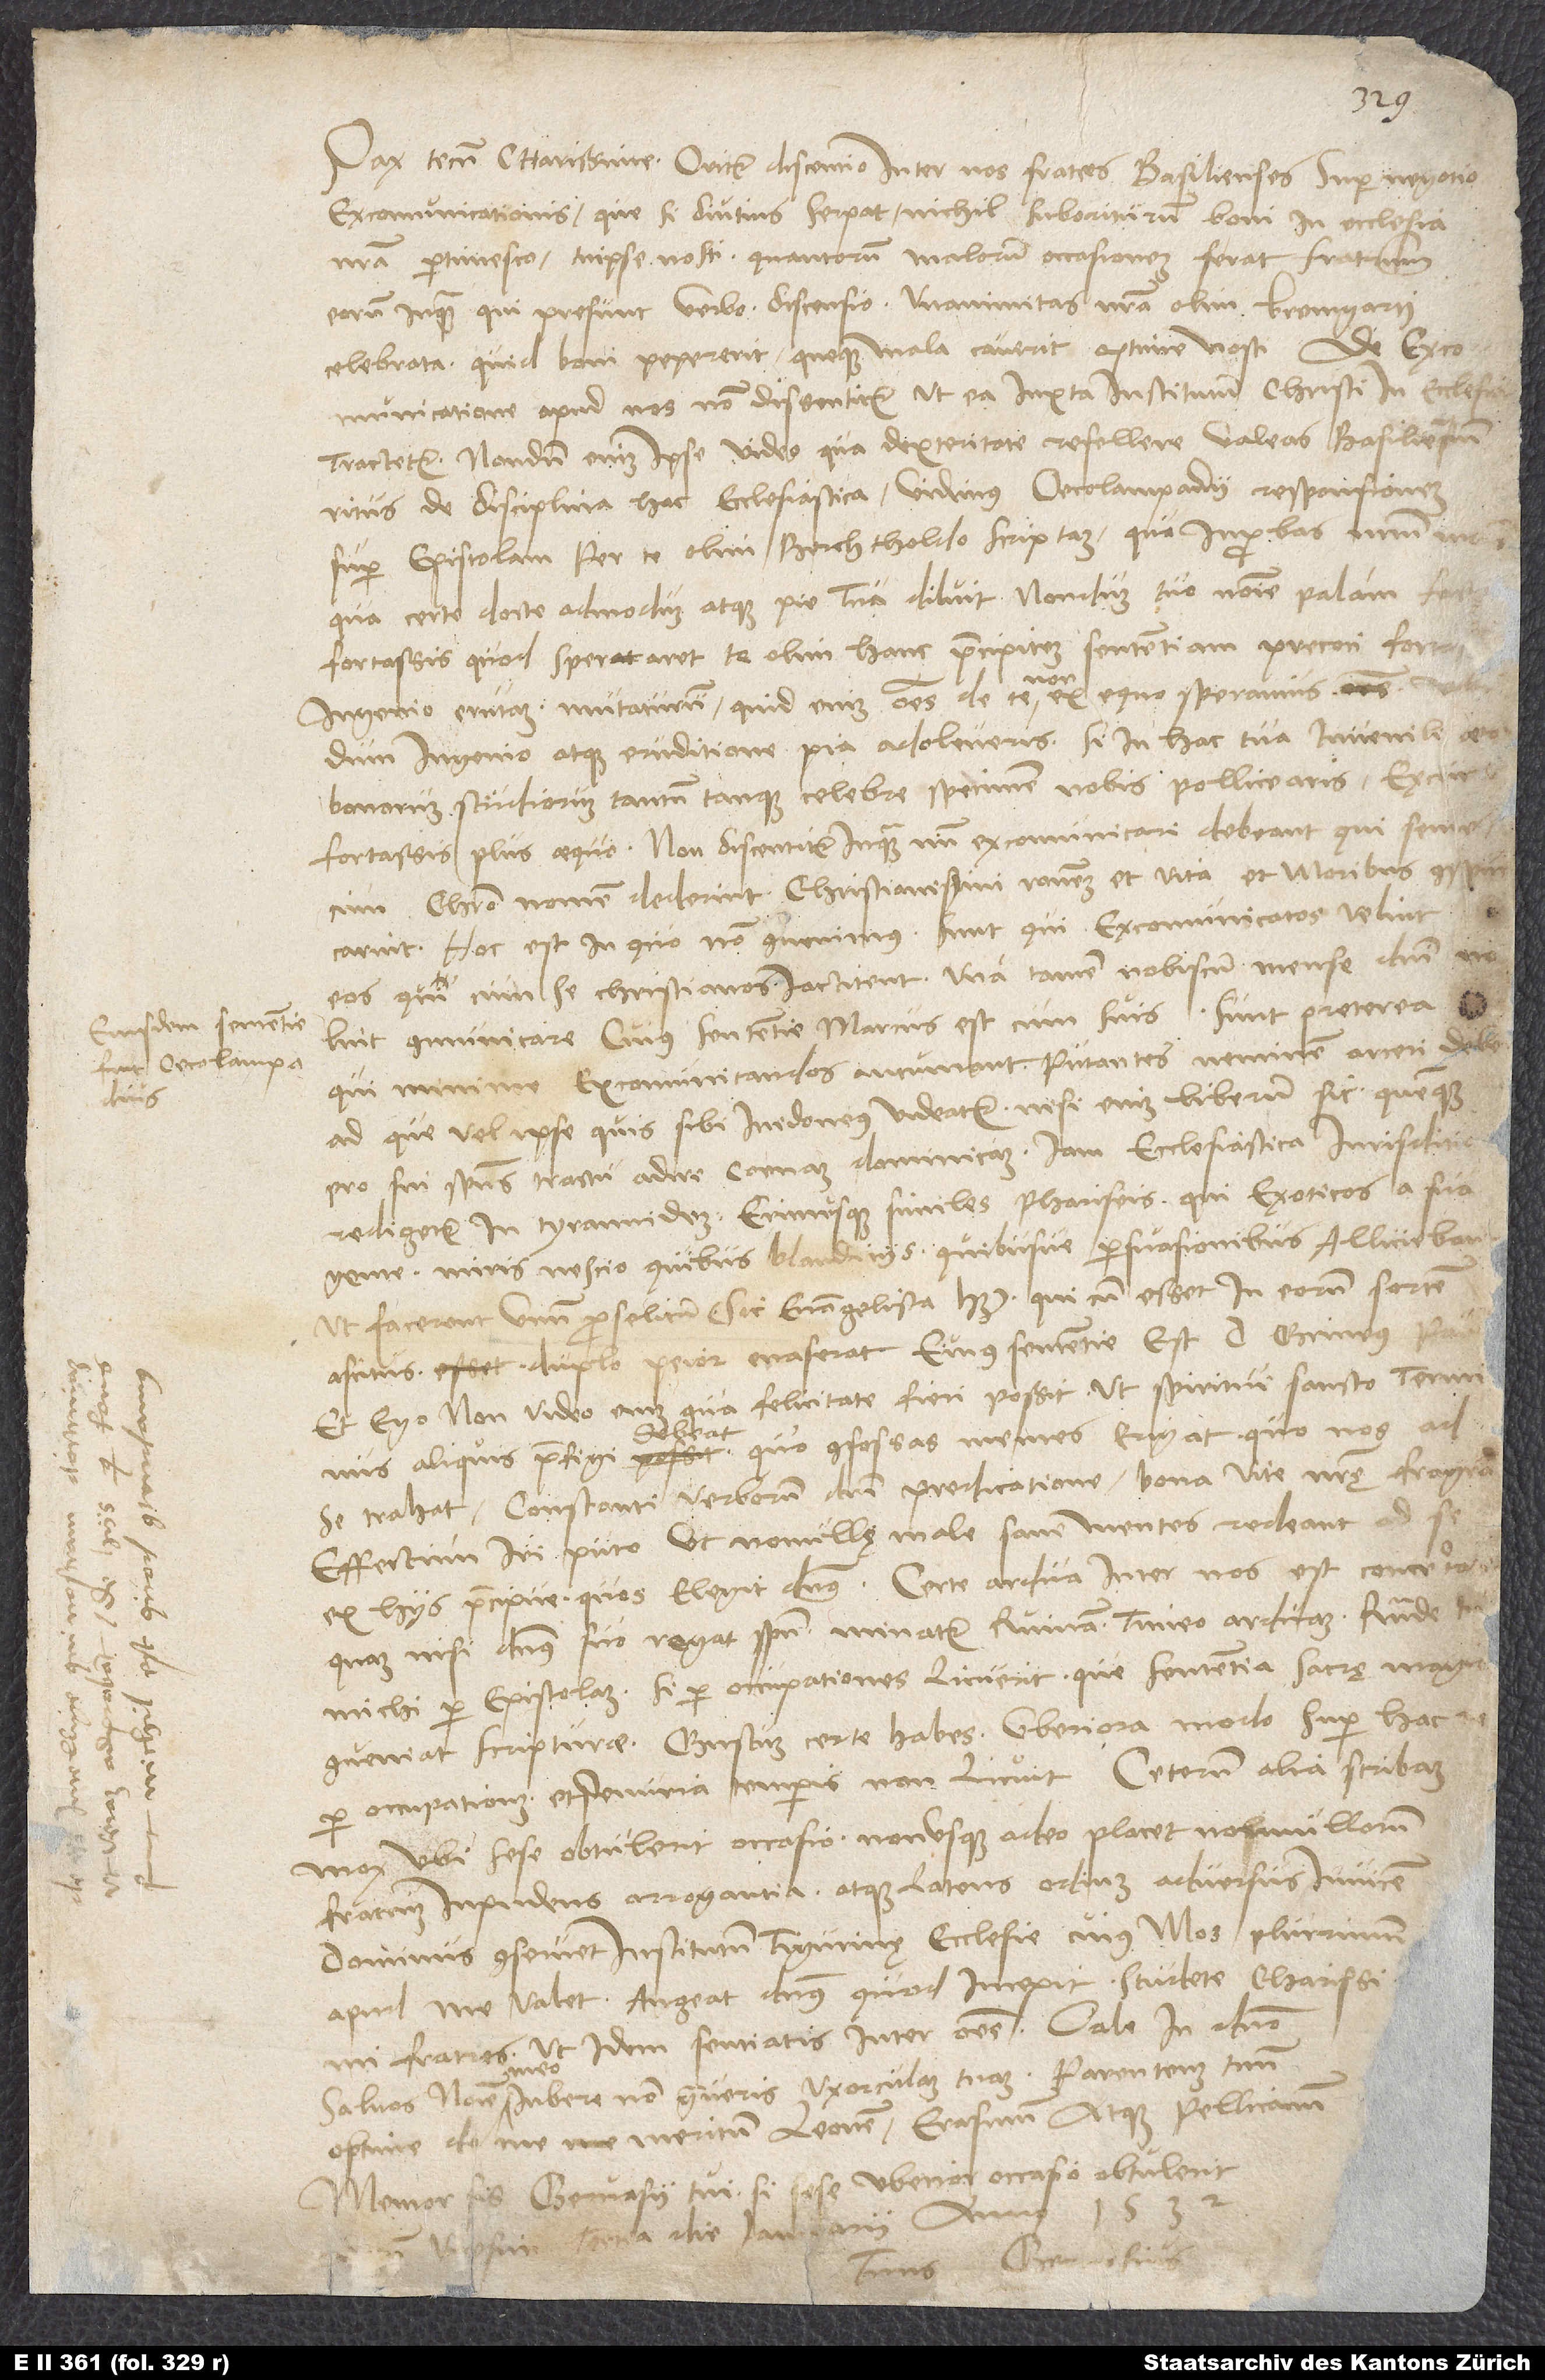
Pax tecum, charissime. Oritur discentio inter nos fratres Basilienses super negotio
excomunicationis, que si diutius serpat, nichil suboriturum boni in ecclesia
nostra pertimesco. Tu ipse nosti, quantorum malorum occasionem ferat fratrum,
eorum inquam, qui presunt verbo, discensio. Unanimitas nostra olim Bremgarti
celebrata quid boni pepererit queque mala caverit, optime nosti. De
excomunicatione apud nos non dissentitur, ut ea iuxta institutum Christi in ecclesia
tractetur. Nondum enim ipse video, qua dexteritate refellere valeas Basiliensium
de disciplina hac ecclesiastica. Vidimus Oecolampadii responsionem
super epistolam per te olim Berchtholdo scriptam, qua inprobas nostrum morem,
qua certe docte admodum atque pie tua diluit nondum tuo nomine palam facto,
fortassis, quod speraret te olim hanc praecipitem sententiam precoci fortassis
ingenio erutam mutaturum. Quid enim omnes de te non ex equo speramus, ubi
dum ingenio atque eruditione pia adoleveris, si in hac tua iuvenili aetate
bonorum studiorum tantum tanque celebre specimen nobis pollicearis? Excurri
fortassis plus aequo. Non discentitur, inquam, num excomunicari debeant qui semel,
cum Christo nomen dederint, christianismi rationem et vita et moribus conspurcarint.
Hoc est in quo non convenimus: sunt, qui excomunicatos velint
eos, qui cum se christianos iactitent, una tamen nobiscum mense domini nolint
comunicare. Cuius sententie Marcus est cum suis. Sunt preterea,
qui minime excomunicandos autumant putantes neminem arceri debe,
ad que vel ipse quis sibi inedoneus videatur. Nisi enim liberum sit quemque
pro sui spiritus tractu adire coenam dominicam, iam ecclesiastica iurisditio
redigetur in tyrannidem, erimusque similes phariseis, qui exoticos a sua
gente miris nescio quibus blandiciis quibusve persuasionibus alliciebant,
ut facerent unum proselitum (sic evangelista habet), qui cum esset in eorum sortem
ascitus, duplo peior evaserat. Eius sententie est. Grineus, Paulus
et ego. Non video enim, qua felicitate fieri possit, ut spiritui sancto terminus
aliquis praefigi debeat d, quo confessas mentes erigat, quo nos ad
se trahat. Constanti verborum domini predicatione bona vite nostrę fragrantia
effectum iri puto, ut nonullę male sane mentes redeant ad se,
ex hiis praecipue, quos elegit dominus. Certe ardua inter nos est concertatio.
Quam nisi dominus suo regat spiritu, minatur ruinam, timeo, arduam. Responde tu
michi per epistolam, si per occupationes licuerit, que sententia sacrę magis
conveniat scripturae. Gustum certe habes. Uberiora modo super hac re
per occupationem et penuria temporis non licuit. Ceterum alia scribam
mox, ubi sese obtulerit occasio. Non usque adeo placet nonnullorum
fratrum inpudens arrogantia atque latens odium adversus invicem.
Dominus conservet institutum Tigurinę ecclesie, cuius mos plurimum
apud me valet. Augeat dominus, quod incepit. Studete, charissimi
fratres, ut idem sentiatis inter omnes. Vale in domino.
Salvos nomine meo iubere non graveris uxorculam tuam, parentem tuum
optime de me meritum, Leonem, Erasmum atque Pellicanum.
Memor sis Gervasii tui, si sese uberior occasio obtulerit.
vicesima tertia die ianuarii anno 1532.